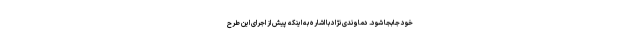
خود جابجا شود. دماوندی نژاد با اشاره به اینکه پیش از اجرای این طرح